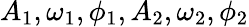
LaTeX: A_{1},\omega_{1},\phi_{1},A_{2},\omega_{2},\phi_{2}